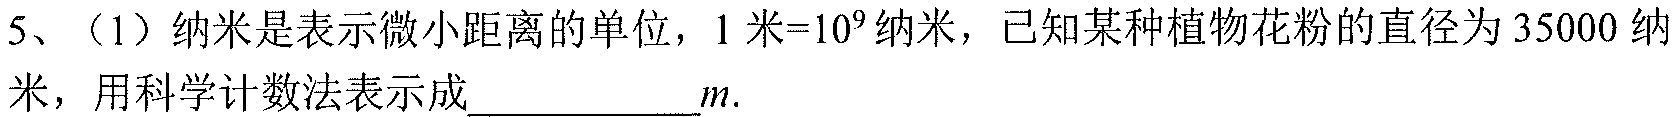
5、（1）纳米是表示微小距离的单位，\(1\)米\( = 10^{9}\)纳米，已知某种植物花粉的直径为\(35000\)纳米，用科学计数法表示成  \_\_\_\_\_\_\(m\).